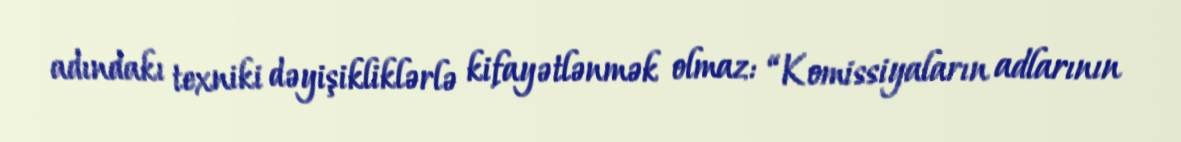
adındakı texniki dəyişikliklərlə kifayətlənmək olmaz: “Komissiyaların adlarının